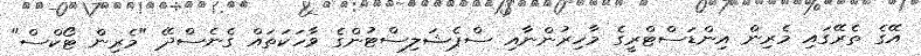
އޭގެ ތެރޭގައި މެރިން އިންޑަސްޓްރީގެ މާހިރުންނާއި ސްޕެޝަލިސްޓުންގެ ވާހަކަތައް ގެނެސްދޭ "މެރިން ޓޯކްސް"